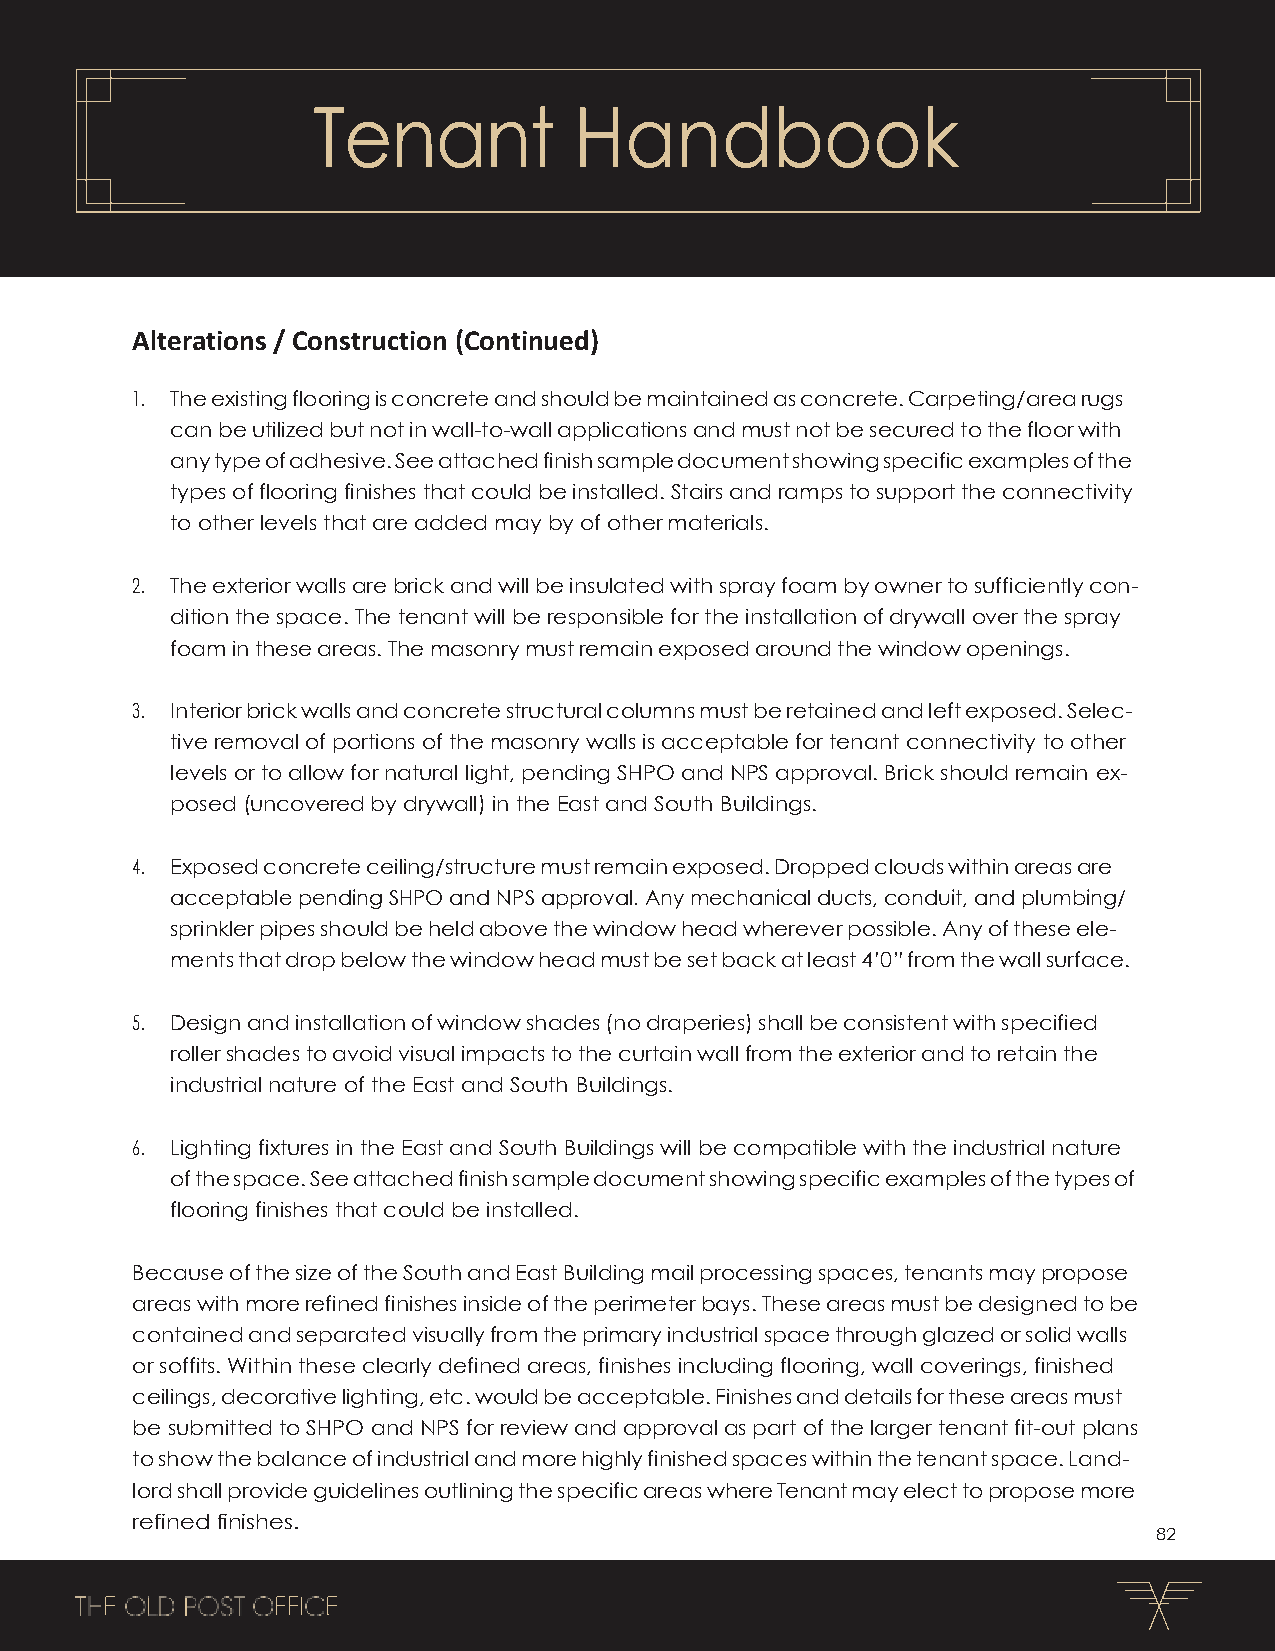
Tenant           Handbook
 Alterations / Construction (Continued)
 1. The existing flooring is concrete and should be maintained as concrete. Carpeting/area rugs
 can be utilized but not in wall-to-wall applications and must not be secured to the floor with
 any type of adhesive. See attached finish sample document showing specific examples of the
 types of flooring finishes that could be installed. Stairs and ramps to support the connectivity
 to other levels that are added may by of other materials.
 2. The exterior walls are brick and will be insulated with spray foam by owner to sufficiently con-
 dition the space. The tenant will be responsible for the installation of drywall over the spray
 foam in these areas. The masonry must remain exposed around the window openings.
 3. Interior brick walls and concrete structural columns must be retained and left exposed. Selec-
 tive removal of portions of the masonry walls is acceptable for tenant connectivity to other
 levels or to allow for natural light, pending SHPO and NPS approval. Brick should remain ex-
 posed (uncovered by drywall) in the East and South Buildings.
 4. Exposed concrete ceiling/structure must remain exposed. Dropped clouds within areas are
 acceptable pending SHPO and NPS approval. Any mechanical ducts, conduit, and plumbing/
 sprinkler pipes should be held above the window head wherever possible. Any of these ele-
 ments that drop below the window head must be set back at least 4’0” from the wall surface.
 5. Design and installation of window shades (no draperies) shall be consistent with specified
 roller shades to avoid visual impacts to the curtain wall from the exterior and to retain the
 industrial nature of the East and South Buildings.
 6. Lighting fixtures in the East and South Buildings will be compatible with the industrial nature
 of the space. See attached finish sample document showing specific examples of the types of
 flooring finishes that could be installed.
 Because of the size of the South and East Building mail processing spaces, tenants may propose
 areas with more refined finishes inside of the perimeter bays. These areas must be designed to be
 contained and separated visually from the primary industrial space through glazed or solid walls
 or soffits. Within these clearly defined areas, finishes including flooring, wall coverings, finished
 ceilings, decorative lighting, etc. would be acceptable. Finishes and details for these areas must
 be submitted to SHPO and NPS for review and approval as part of the larger tenant fit-out plans
 to show the balance of industrial and more highly finished spaces within the tenant space. Land-
 lord shall provide guidelines outlining the specific areas where Tenant may elect to propose more
 refined finishes.
 82